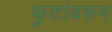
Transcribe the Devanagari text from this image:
फुटांवरुन